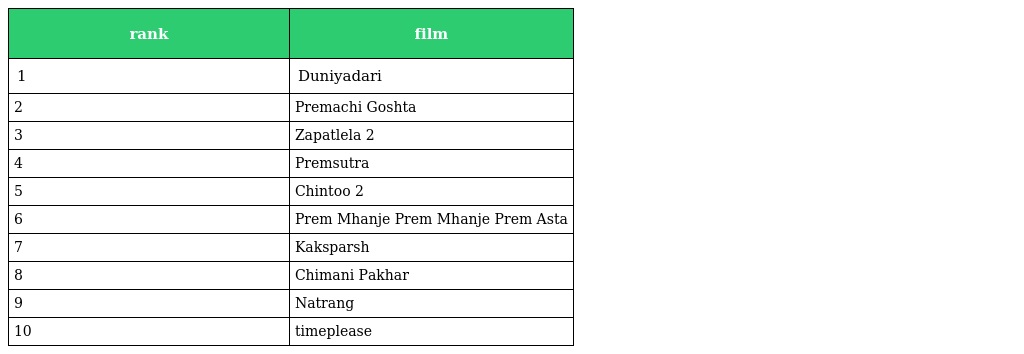
| rank | film |
 | --- | --- |
 | 1 | Duniyadari |
 | 2 | Premachi Goshta |
 | 3 | Zapatlela 2 |
 | 4 | Premsutra |
 | 5 | Chintoo 2 |
 | 6 | Prem Mhanje Prem Mhanje Prem Asta |
 | 7 | Kaksparsh |
 | 8 | Chimani Pakhar |
 | 9 | Natrang |
 | 10 | timeplease |